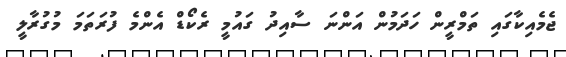
ޖެމެއިކާގައި ތަމްރީން ހަދަމުން އަންނަ ސާއިދު ގައުމީ ރެކޯޑް އެންމެ ފުރަތަމަ މުގުރާލީ